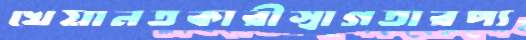
খেয়ানতকারীস্বাগতারপ্য